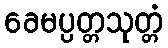
ခေမပ္ပတ္တသုတ္တံ